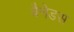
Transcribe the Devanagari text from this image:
वैनेडस